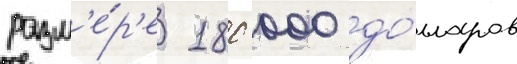
разм'е́р'е 180 000 до́лларов